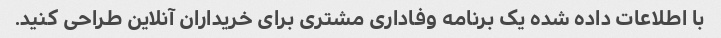
با اطلاعات داده شده یک برنامه وفاداری مشتری برای خریداران آنلاین طراحی کنید.